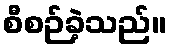
စီစဉ်ခဲ့သည်။